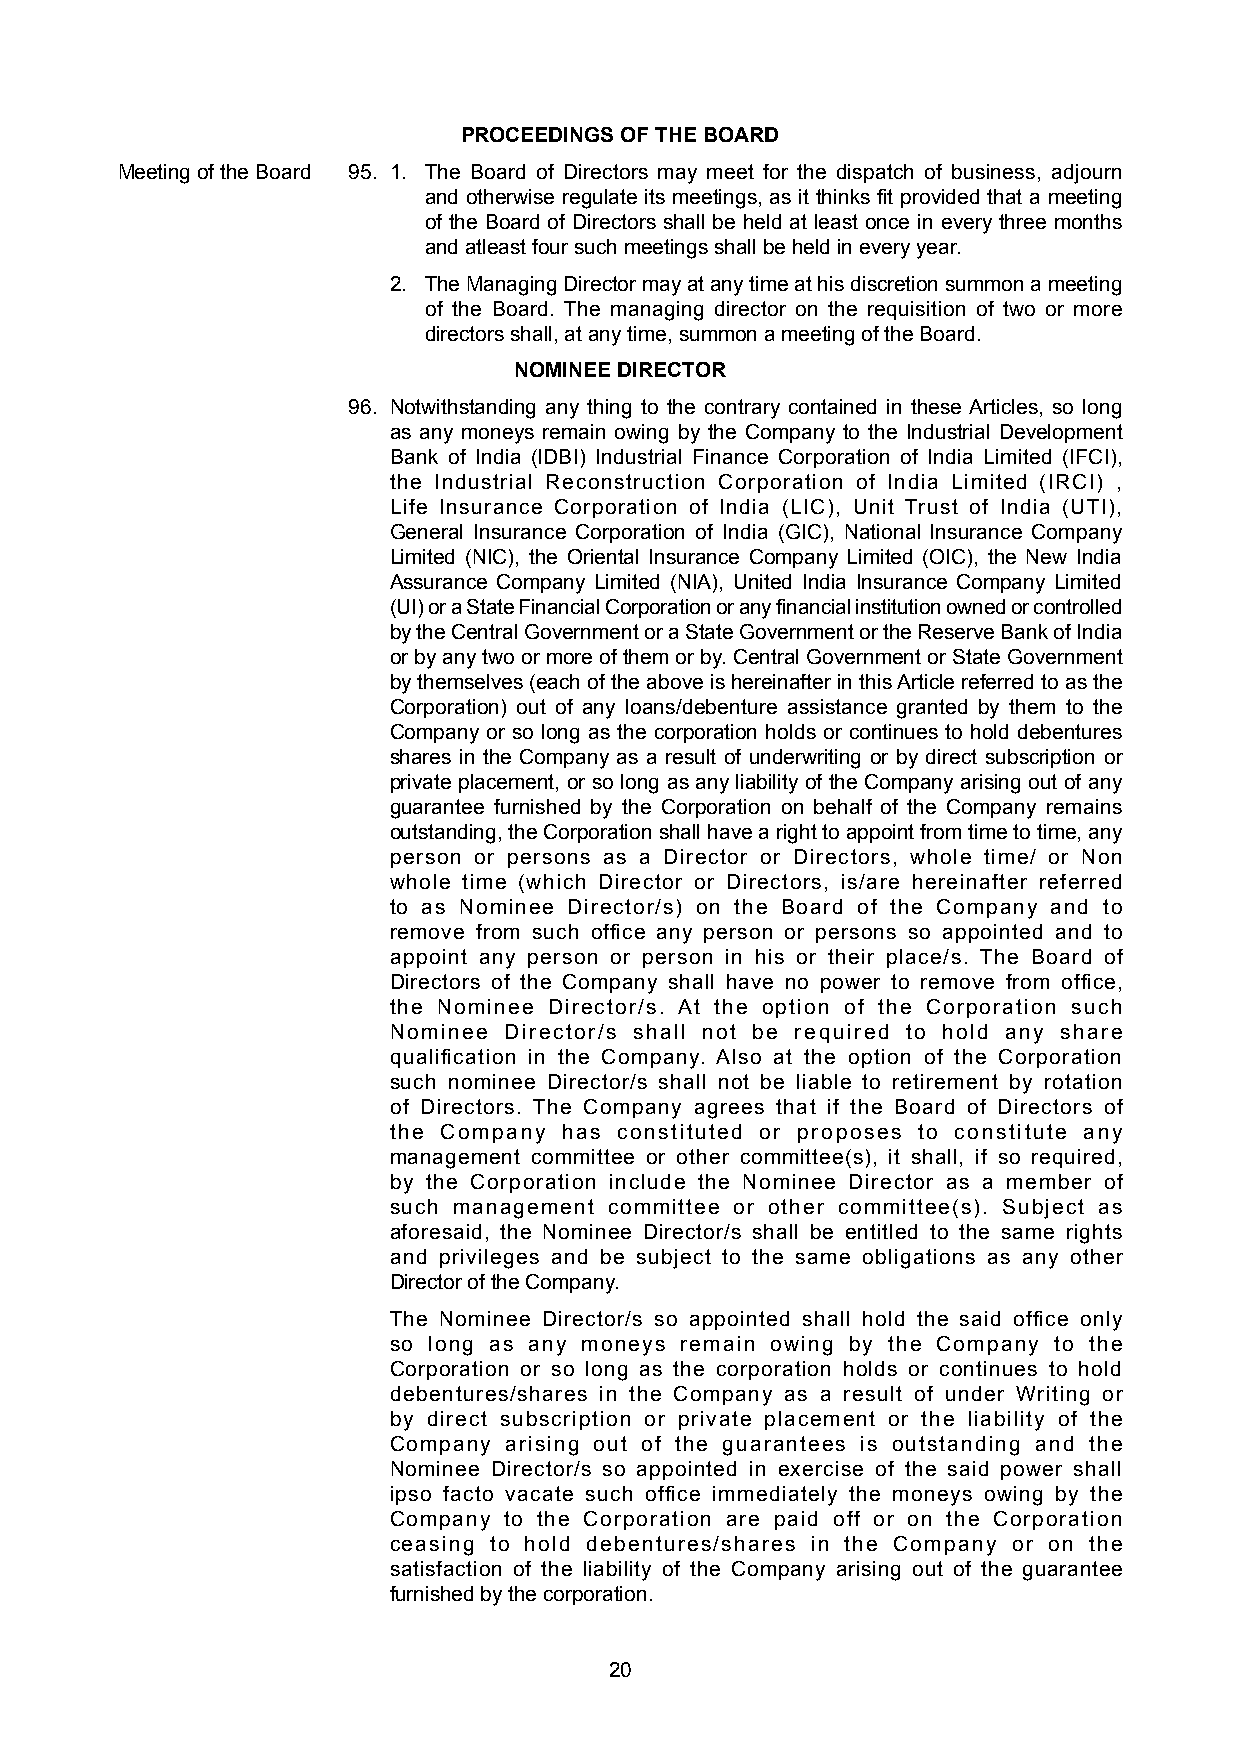
PROCEEDINGS OF THE BOARD
 Meeting of the Board 95. 1. The Board of Directors may meet for the dispatch of business, adjourn
 and otherwise regulate its meetings, as it thinks fit provided that a meeting
 of the Board of Directors shall be held at least once in every three months
 and atleast four such meetings shall be held in every year.
 2. The Managing Director may at any time at his discretion summon a meeting
 of the Board. The managing director on the requisition of two or more
 directors shall, at any time, summon a meeting of the Board.
 NOMINEE DIRECTOR
 96. Notwithstanding any thing to the contrary contained in these Articles, so long
 as any moneys remain owing by the Company to the Industrial Development
 Bank of India (lDBI) Industrial Finance Corporation of India Limited (IFCI),
 the Industrial Reconstruction Corporation of India Limited (IRCI) ,
 Life Insurance Corporation of India (LIC), Unit Trust of India (UTI),
 General Insurance Corporation of India (GIC), National lnsurance Company
 Limited (NIC), the Oriental Insurance Company Limited (OIC), the New India
 Assurance Company Limited (NIA), United India Insurance Company Limited
 (UI) or a State Financial Corporation or any financial institution owned or controlled
 by the Central Government or a State Government or the Reserve Bank of India
 or by any two or more of them or by. Central Government or State Government
 by themselves (each of the above is hereinafter in this Article referred to as the
 Corporation) out of any loans/debenture assistance granted by them to the
 Company or so long as the corporation holds or continues to hold debentures
 shares in the Company as a result of underwriting or by direct subscription or
 private placement, or so long as any liability of the Company arising out of any
 guarantee furnished by the Corporation on behalf of the Company remains
 outstanding, the Corporation shall have a right to appoint from time to time, any
 person or persons as a Director or Directors, whole time/ or Non
 whole time (which Director or Directors, is/are hereinafter referred
 to as Nominee Director/s) on the Board of the Company and to
 remove from such office any person or persons so appointed and to
 appoint any person or person in his or their place/s. The Board of
 Directors of the Company shall have no power to remove from office,
 the Nominee Director/s. At the option of the Corporation such
 Nominee Director/s shall not be required to hold any share
 qualification in the Company. Also at the option of the Corporation
 such nominee Director/s shall not be liable to retirement by rotation
 of Directors. The Company agrees that if the Board of Directors of
 the Company has constituted or proposes to constitute any
 management committee or other committee(s), it shall, if so required,
 by the Corporation include the Nominee Director as a member of
 such management committee or other committee(s). Subject as
 aforesaid, the Nominee Director/s shall be entitled to the same rights
 and privileges and be subject to the same obligations as any other
 Director of the Company.
 The Nominee Director/s so appointed shall hold the said office only
 so long as any moneys remain owing by the Company to the
 Corporation or so long as the corporation holds or continues to hold
 debentures/shares in the Company as a result of under Writing or
 by direct subscription or private placement or the liability of the
 Company arising out of the guarantees is outstanding and the
 Nominee Director/s so appointed in exercise of the said power shall
 ipso facto vacate such office immediately the moneys owing by the
 Company to the Corporation are paid off or on the Corporation
 ceasing to hold debentures/shares in the Company or on the
 satisfaction of the liability of the Company arising out of the guarantee
 furnished by the corporation.
 20